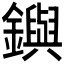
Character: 𨮔